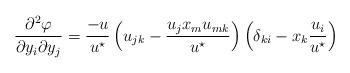
LaTeX: \begin{align*}\frac{\partial^2 \varphi}{\partial y_i\partial y_j} = \frac{-u}{u^{\star}}\left(u_{jk}-\frac{u_jx_mu_{mk}}{u^{\star}}\right)\left(\delta_{ki}-x_k\frac{u_i}{u^{\star}}\right)\end{align*}